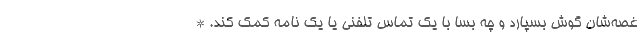
غصه‌شان گوش بسپارد و چه بسا با یک تماس تلفنی یا یک نامه کمک کند. *